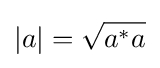
|a|={\sqrt {a^{*}a}}